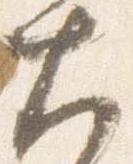
大